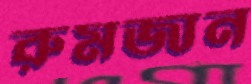
রুমজান